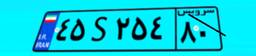
۳۹S۳۹۸۶۹